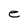
Character: e